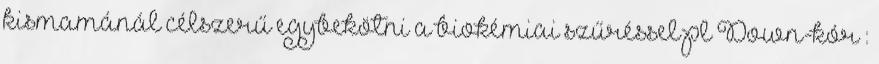
kismamánál célszerű egybekötni a biokémiai szűréssel pl Down-kór :